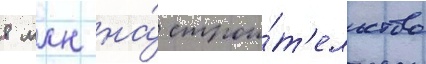
8 млн на́ строи́т'ельство